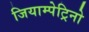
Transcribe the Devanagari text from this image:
जियाम्पेट्रिनो